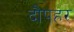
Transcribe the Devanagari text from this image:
दौपहर